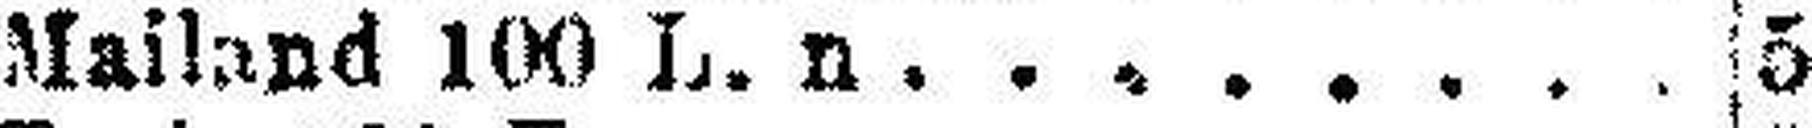
Mailand 100 L. n 5